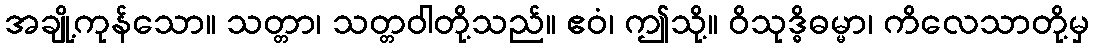
အချို့ကုန်သော။ သတ္တာ၊ သတ္တဝါတို့သည်။ ဧဝံ၊ ဤသို့။ ဝိသုဒ္ဓိဓမ္မာ၊ ကိလေသာတို့မှ